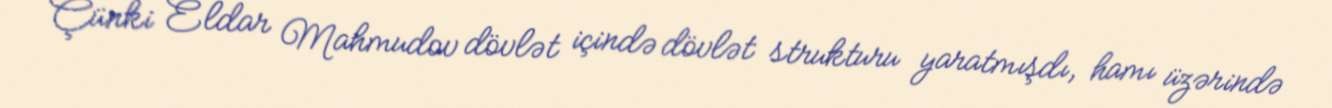
Çünki Eldar Mahmudov dövlət içində dövlət strukturu yaratmışdı, hamı üzərində